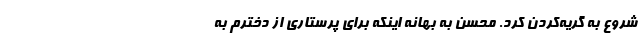
شروع به گریه‌کردن کرد. محسن به بهانه اینکه برای پرستاری از دخترم به